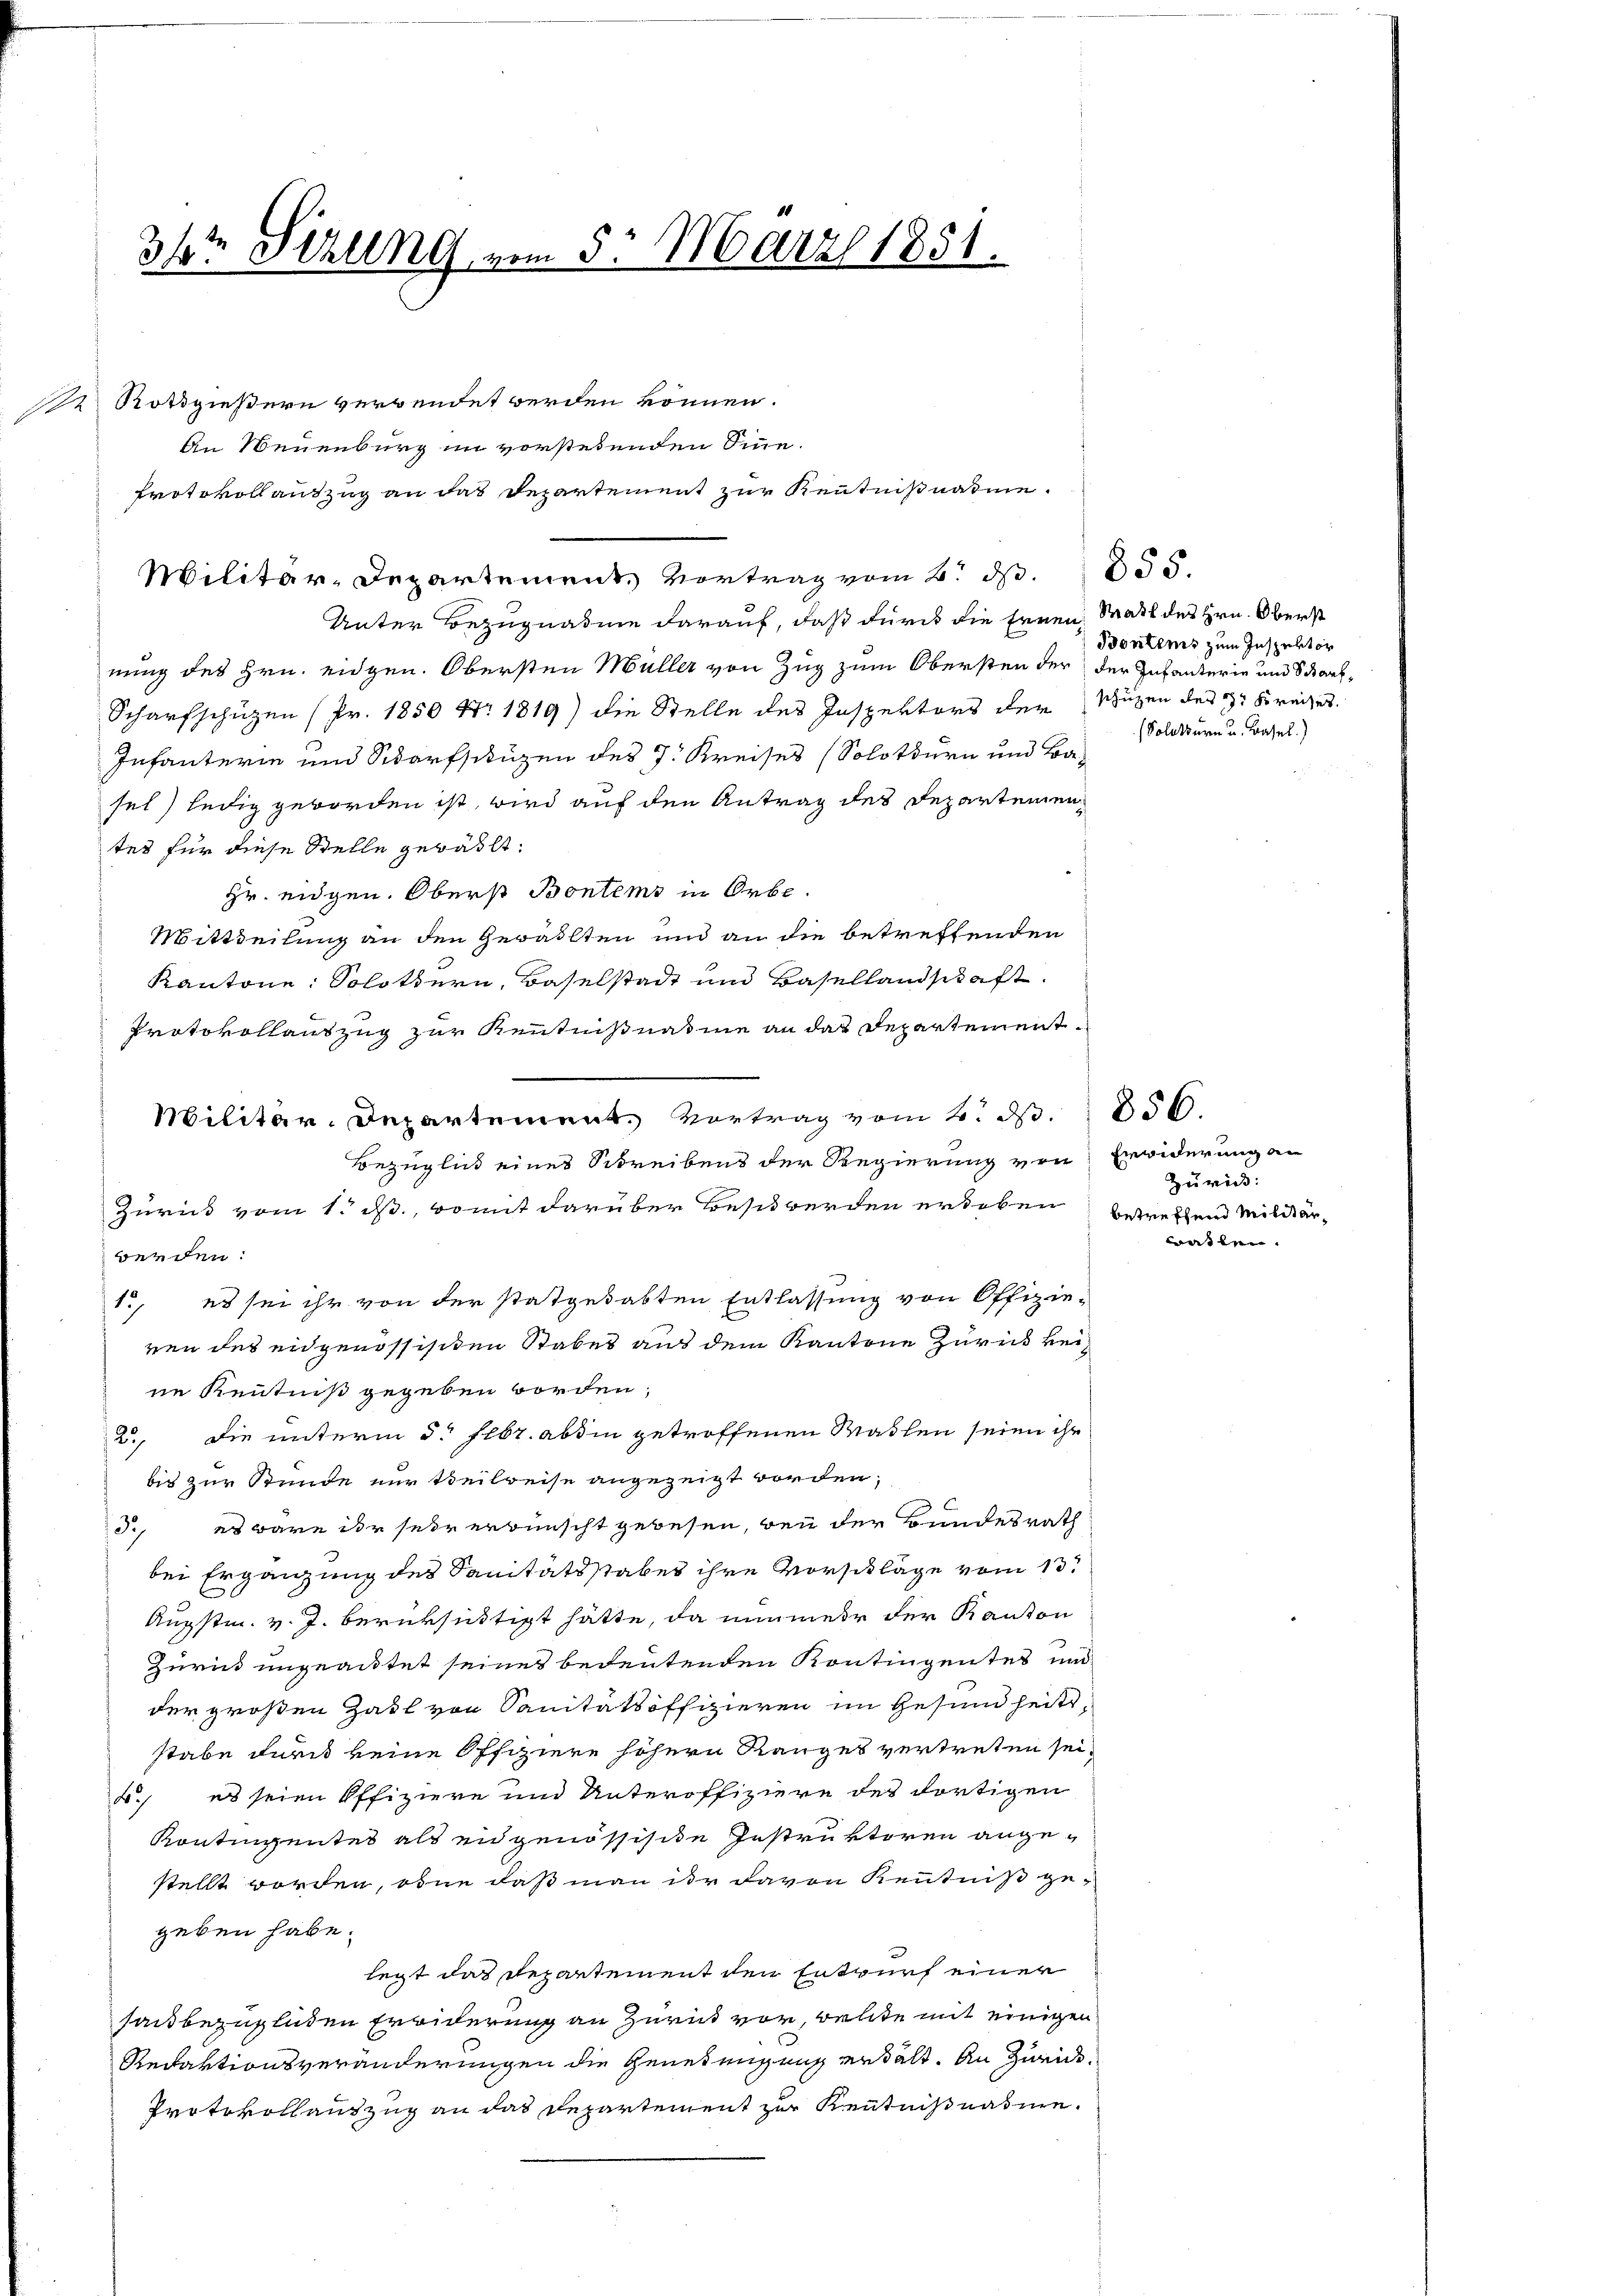
.

2 Rothgießern verwendet werden können.
An Neuenburg im vorstehenden Sinne.
Protokollauszug an das Departement zur Kenntnißnahme.
Unter Bezugnahme darauf, daß durch die Ernen Statt des Hrn. Oberst
nung des Hrn. eidgen. Obersten Müller von Zug zum Obersten der der Infanterie und Scharf¬
Scharfschützen (Pr. 1850 Nr. 1819) die Stelle des Inspektors der schuzen des 2 Kreises.
Infanterie und Scharfschüzen des J. Kreises (Solothurn und Basel) ledig geworden ist, wird auf den Antrag des Departemen
tes für diese Stelle gewählt:
Hr. eigen. Oberst Bontems in Orbe.
Mittheilung an den Gewalten und an die betreffenden
Kantone: Solottern, Baselstadt und Basellandschaft
Protokollauszug zur Kenntnißnahme an das Departement¬
Bezüglich eines Schreibens der Regierung von Erwiderung an
werden:
1., es sei ihr von der statgehabten Entlassung von Offizie-
ven des eidgenössischen Stabes aus dem Kantone Zurück keine Kenntniß gegeben worden,
2. Die unterm 3. Febr. abhin getroffenen Wassen seien ihr
bis zur Stunde nur teilweise angezeigt worden,
3, es wäre der sehr erwünscht gewesen, wenn der Bundesrath
bei Ergänzung des Sanitätsstabes ihre Vorschläge vom 13.
Augstm. v. J. berüksichtigt hätte, da nimmer der Kanton
Zurück ungeachtet seines bedeutenden Kontingentes und
der großen Zahl von Sanitätsoffizieren im Gesundheitsstabe durch keine Offiziere höhern Ranges vertreten sei,
.) es seien Offiziere und Unteroffiziere des dortigen
Kontingentes als eidgenössische Instruktoren angestellt worden, ohne daß man ihr davon Kenntniß gegeben habe.
legt das Departement den Entwurf einer
sau bezügliden Erwiderung an Zurück vor, weite mit einigen
Redaktionsveränderungen die Genehmigung erhält. An Zurück¬
Protokollauszug an das Departement zur Kenntnißnahme.

3t Sitzung vom 5. März 1851.

Militär-Departement. Vortrag vom 2. d. 1855.

Militär. Departement. Vortrag vom 2. ds.
Zürich vom 1. ds., womit darüber Beschwerden erhoben betreffend Militär-

Bontems zum Inspektor
(Solothurn u. Basel.)

856.
Zürich:
was bei.